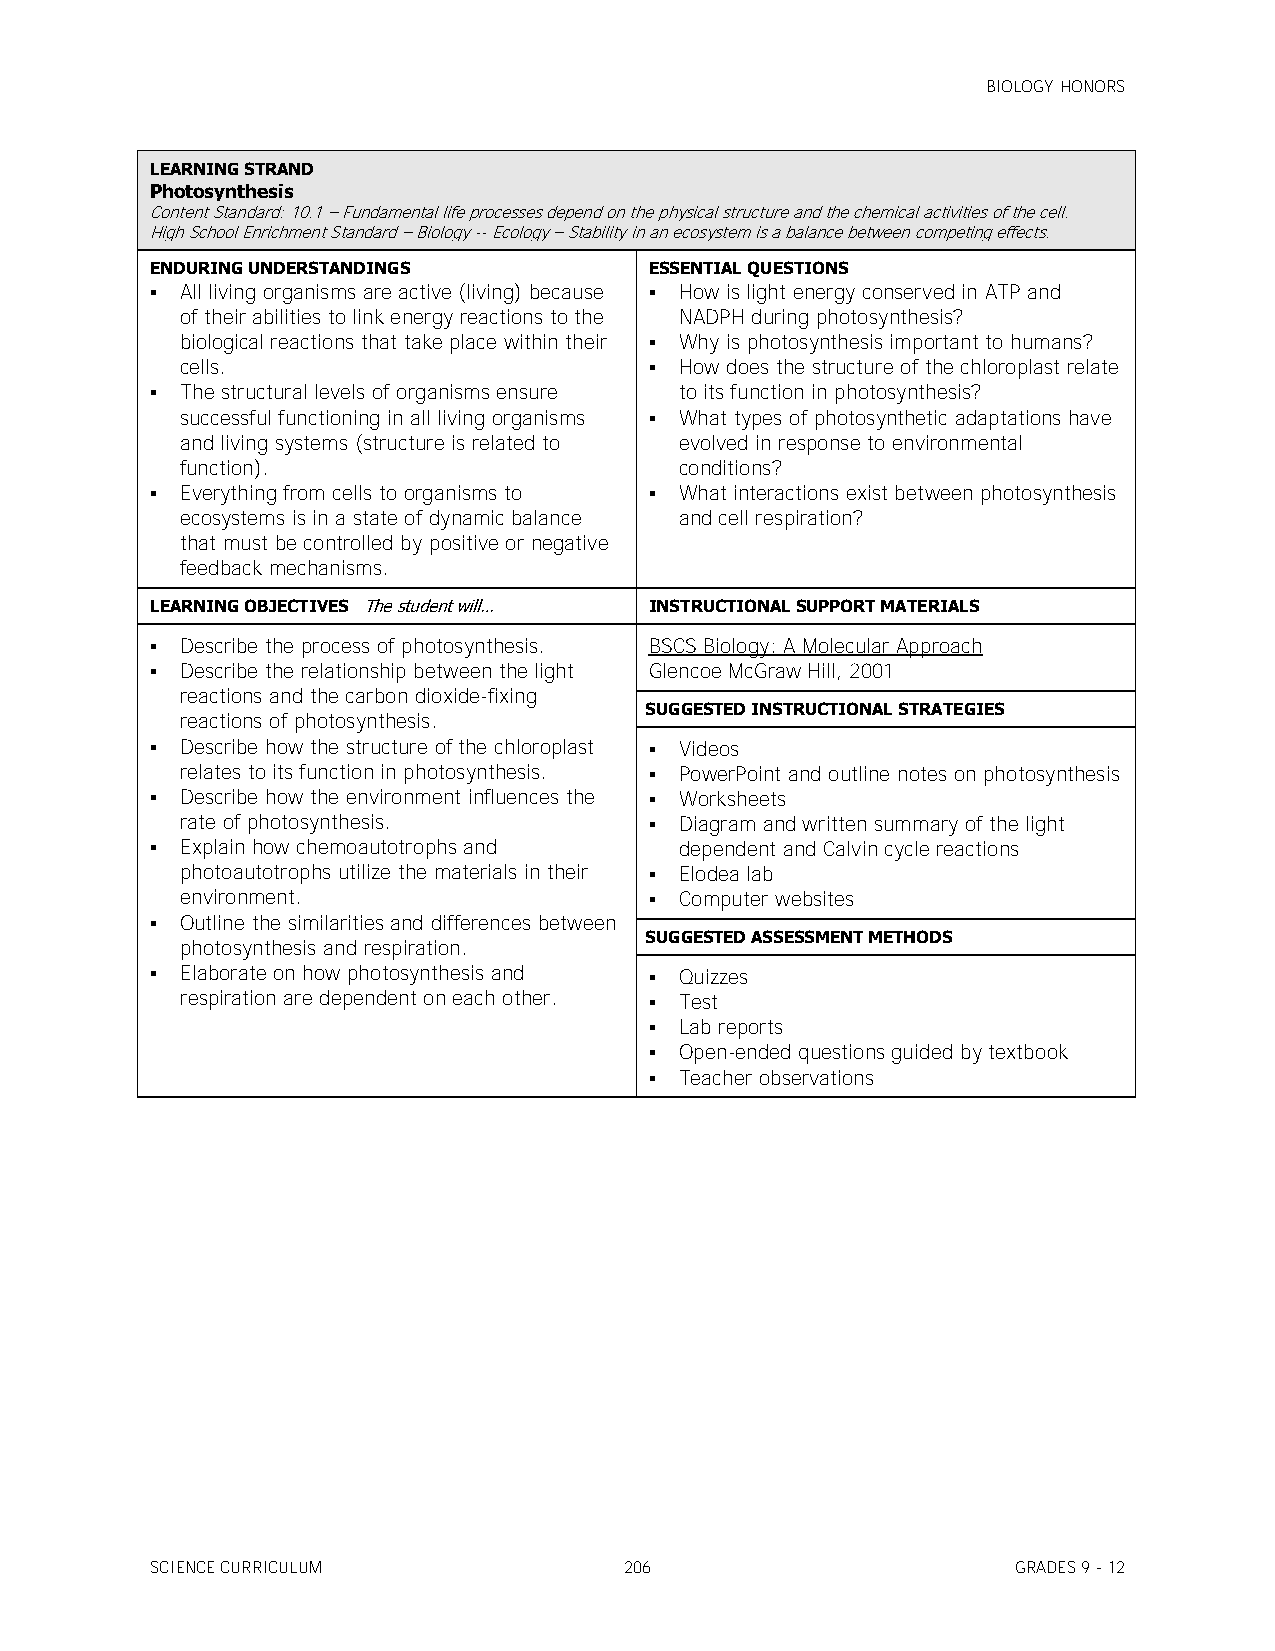
BIOLOGY HONORS
 LEARNING STRAND
 Photosynthesis
 Content Standard: 10.1 – Fundamental life processes depend on the physical structure and the chemical activities of the cell.
 High School Enrichment Standard – Biology -- Ecology – Stability in an ecosystem is a balance between competing effects.
 ENDURING UNDERSTANDINGS          ESSENTIAL QUESTIONS
  All living organisms are active (living) because  How is light energy conserved in ATP and
 of their abilities to link energy reactions to the NADPH during photosynthesis?
 biological reactions that take place within their  Why is photosynthesis important to humans?
 cells.                          How does the structure of the chloroplast relate
  The structural levels of organisms ensure to its function in photosynthesis?
 successful functioning in all living organisms  What types of photosynthetic adaptations have
 and living systems (structure is related to evolved in response to environmental
 function).                       conditions?
  Everything from cells to organisms to  What interactions exist between photosynthesis
 ecosystems is in a state of dynamic balance and cell respiration?
 that must be controlled by positive or negative
 feedback mechanisms.
 LEARNING OBJECTIVES The student will… INSTRUCTIONAL SUPPORT MATERIALS
  Describe the process of photosynthesis. BSCS Biology: A Molecular Approach
  Describe the relationship between the light Glencoe McGraw Hill, 2001
 reactions and the carbon dioxide-fixing
 SUGGESTED INSTRUCTIONAL STRATEGIES
 reactions of photosynthesis.
  Describe how the structure of the chloroplast  Videos
 relates to its function in photosynthesis.  PowerPoint and outline notes on photosynthesis
  Describe how the environment influences the  Worksheets
 rate of photosynthesis.         Diagram and written summary of the light
  Explain how chemoautotrophs and  dependent and Calvin cycle reactions
 photoautotrophs utilize the materials in their  Elodea lab
 environment.                    Computer websites
  Outline the similarities and differences between
 SUGGESTED ASSESSMENT METHODS
 photosynthesis and respiration.
  Elaborate on how photosynthesis and  Quizzes
 respiration are dependent on each other.  Test
  Lab reports
  Open-ended questions guided by textbook
  Teacher observations
 SCIENCE CURRICULUM             206                       GRADES 9 - 12